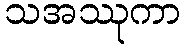
သအဿုကာ